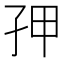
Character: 𭒾